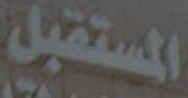
المستقبل